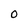
Character: 0